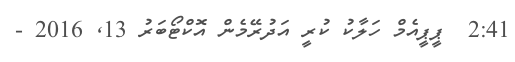
2:41  ޕީޕީއެމް ހަލާކު ކުރީ އަދުރޭމެން އޮކްޓޯބަރު 13